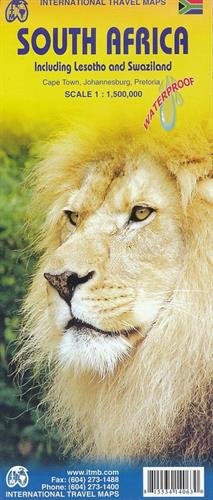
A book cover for South Africa (including Lesotho and Swaziland) 1:1.5M Travel Map (International Travel Maps); ITM Canada; Travel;